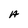
Character: A